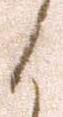
く